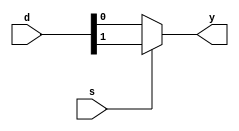
`timescale 1ns / 1ps
//////////////////////////////////////////////////////////////////////////////////
// Company: 
// Engineer: 
// 
// Design Name: 
// Module Name: mux_2to1
// Project Name: 
// Target Devices: 
// Tool Versions: 
// Description: 
// 
// Dependencies: 
// 
// Revision:
// Revision 0.01 - File Created
// Additional Comments:
// 
//////////////////////////////////////////////////////////////////////////////////


module mux_2to1(
    input [1:0] d,
    input s,
    output y
    );
    assign y=(s)?d[1]:d[0];
endmodule